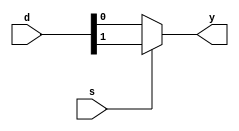
`timescale 1ns / 1ps
//////////////////////////////////////////////////////////////////////////////////
// Company: 
// Engineer: 
// 
// Design Name: 
// Module Name: mux_2to1
// Project Name: 
// Target Devices: 
// Tool Versions: 
// Description: 
// 
// Dependencies: 
// 
// Revision:
// Revision 0.01 - File Created
// Additional Comments:
// 
//////////////////////////////////////////////////////////////////////////////////


module mux_2to1(
    input [1:0] d,
    input s,
    output y
    );
    assign y=(s)?d[1]:d[0];
endmodule